画像に写った文字を読んでください
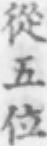
「從五位」と書いてあります